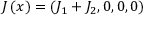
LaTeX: J \left( x \right) = \left( J _ { 1 } + J _ { 2 } , 0 , 0 , 0 \right)